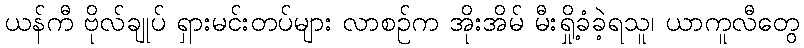
ယန်ကီ ဗိုလ်ချုပ် ရှားမင်းတပ်များ လာစဉ်က အိုးအိမ် မီးရှို့ခံခဲ့ရသူ၊ ယာကူလီတွေ